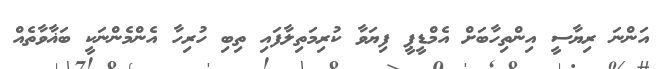
އަންނަ ރިޔާސީ އިންތިހާބަށް އެމްޑީޕީ ފިޔަވާ ކުރިމަތިލާފައި ތިބި ހުރިހާ އެންމެންނަކީ ބަޣާވާތެއް